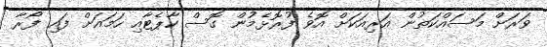
ވަރަށް މަސައްކަތުން އަރިއަކަށް އޮވެ ފުރޮޅެމުން ގޮސް ކާޕެޓާއި ހަމައަށް ފައި ފޯރާ